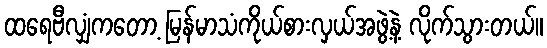
ထရေဗီလျှံကတော့ မြန်မာသံကိုယ်စားလှယ်အဖွဲ့နဲ့ လိုက်သွားတယ်။